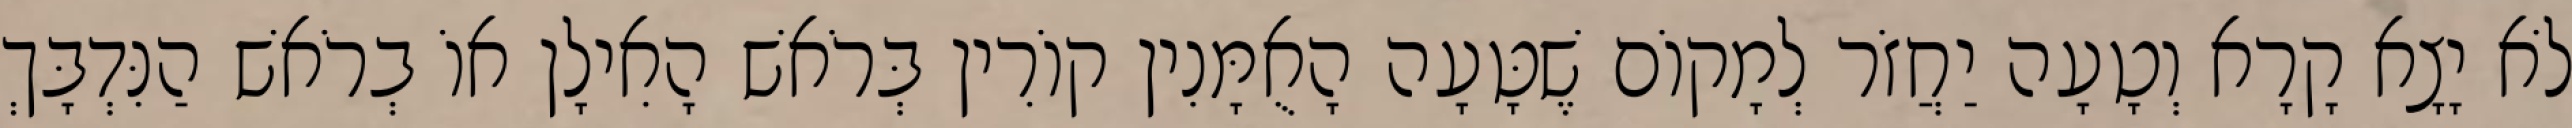
לֹא יָצָא קָרָא וְטָעָה יַחֲזֹר לְמָקוֹם שֶׁטָּעָה הָאֻמָּנִין קוֹרִין בְּרֹאשׁ הָאִילָן אוֹ בְרֹאשׁ הַנִּדְבָּךְ